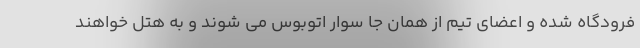
فرودگاه شده و اعضای تیم از همان جا سوار اتوبوس می شوند و به هتل خواهند